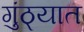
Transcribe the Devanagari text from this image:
गुंठ्यात